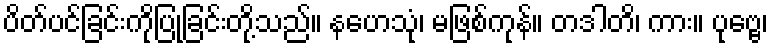
ပိတ်ပင်ခြင်းကိုပြုခြင်းတို့သည်။ နဟေသုံ၊ မဖြစ်ကုန်။ တဒါတိ၊ ကား။ ပုဗ္ဗေ၊